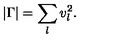
| \Gamma | = \sum _ { l } v _ { l } ^ { 2 } .